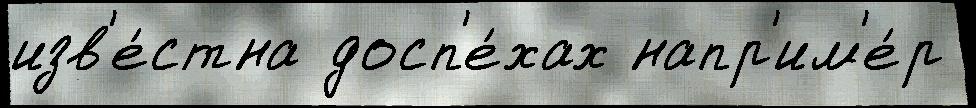
изв'е́стна досп'е́хах напр'им'е́р